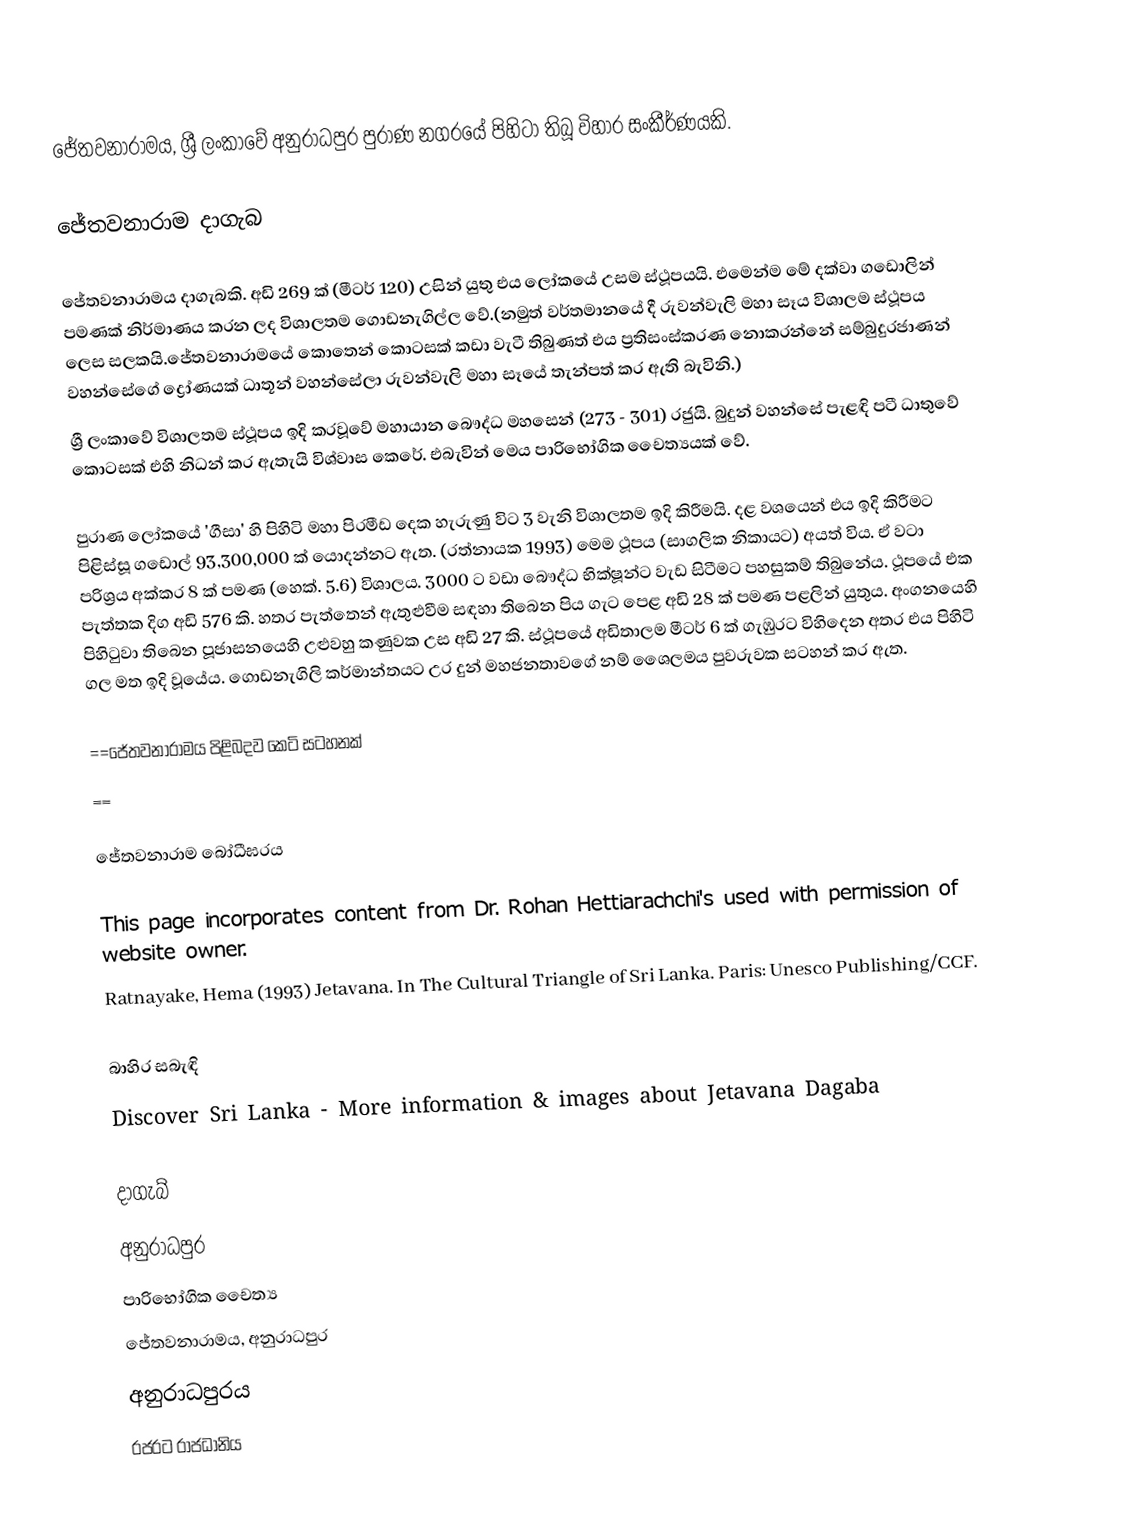
ජේතවනාරාමය, ශ්‍රී ලංකාවේ අනුරාධපුර පුරාණ නගරයේ පිහිටා තිබූ විහාර සංකීර්ණයකි.

ජේතවනාරාම දාගැබ

ජේතවනාරාමය දාගැබකි. අඩි 269 ක් (මීටර් 120) උසින් යුතු එය ලෝකයේ උසම ස්ථූපයයි. එමෙන්ම මේ දක්වා ගඩොලින් පමණක් නිර්මාණය කරන ලද විශාලතම ගොඩනැගිල්ල වේ.(නමුත් වර්තමානයේ දී රුවන්වැලි මහා සෑය විශාලම ස්ථූපය ලෙස සලකයි.ජේතවනාරාමයේ කොතෙන් කොටසක් කඩා වැටී තිබුණත් එය ප්‍රතිසංස්කරණ නොකරන්නේ සම්බුදුරජාණන් වහන්සේගේ ද්‍රෝණයක් ධාතූන් වහන්සේලා රුවන්වැලි මහා සෑයේ තැන්පත් කර ඇති බැවිනි.)
ශ්‍රී ලංකාවේ විශාලතම ස්ථූපය ඉදි කරවූවේ මහායාන බෞද්ධ මහසෙන් (273 - 301) රජුයි. බුදුන් වහන්සේ පැළඳි පටී ධාතුවේ කොටසක් එහි නිධන් කර ඇතැයි විශ්වාස කෙරේ. එබැවින් මෙය පාරිභෝගික චෛත්‍යයක් වේ.

පුරාණ ලෝකයේ 'ගීසා' හි පිහිටි මහා පිරමීඩ දෙක හැරුණු විට 3 වැනි විශාලතම ඉදි කිරීමයි. දළ වශයෙන් එය ඉදි කිරීමට පිළිස්සූ ගඩොල් 93,300,000 ක් යොදන්නට ඇත.  (රත්නායක 1993) මෙම ථූපය (සාගලික නිකායට) අයත් විය. ඒ වටා පරිශ්‍රය අක්කර 8 ක් පමණ (හෙක්. 5.6) විශාලය. 3000 ට වඩා බෞද්ධ භික්ෂූන්ට වැඩ සිටීමට පහසුකම් තිබුනේය. ථූපයේ එක පැත්තක දිග අඩි 576 කි. හතර පැත්තෙන් ඇතුළුවීම සඳහා  තිබෙන පිය ගැට පෙළ අඩි 28 ක් පමණ පළලින් යුතුය. අංගනයෙහි පිහිටුවා තිබෙන පූජාසනයෙහි උළුවහු කණුවක උස අඩි 27 කි. ස්ථූපයේ අඩිතාලම මීටර් 6 ක් ගැඹුරට විහිදෙන අතර එය පිහිටි ගල මත ඉදි වූයේය. ගොඩනැගිලි කර්මාන්තයට උර දුන් මහජනතාවගේ නම් ශෛලමය පුවරුවක සටහන් කර ඇත.

==ජේතවනාරාමය පිළිබදව කෙටි සටහනක්
==

ජේතවනාරාම බෝධීඝරය

 This page incorporates content from  Dr. Rohan Hettiarachchi's  used with permission of website owner.
Ratnayake, Hema (1993) Jetavana. In The Cultural Triangle of Sri Lanka. Paris: Unesco Publishing/CCF.

බාහිර සබැඳි
 Discover Sri Lanka - More information & images about Jetavana Dagaba

දාගැබ්
අනුරාධපුර
පාරිභෝගික චෛත්‍ය
ජේතවනාරාමය, අනුරාධපුර
අනුරාධපුරය
රජරට රාජධානිය